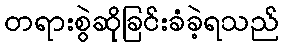
တရားစွဲဆိုခြင်းခံခဲ့ရသည်